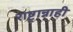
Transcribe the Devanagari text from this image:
राष्ट्रान्नाही